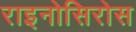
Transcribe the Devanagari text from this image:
राइनोसिरोस